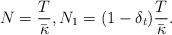
LaTeX: \begin{align*}N= \frac{T}{\bar \kappa}, N_1 = (1- \delta_t)\frac{T}{\bar \kappa}.\end{align*}